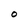
Character: O